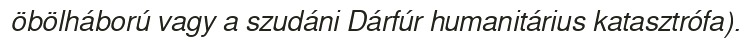
öbölháború vagy a szudáni Dárfúr humanitárius katasztrófa).